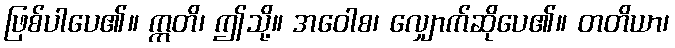
ဖြစ်ပါပေ၏။ ဣတိ၊ ဤသို့။ အဝေါစ၊ လျှောက်ဆိုပေ၏။ တတိယာ၊